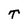
Character: T